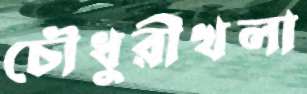
চৌধুরীখলা